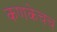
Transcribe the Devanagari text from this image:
कणकेचच